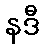
နဒီ